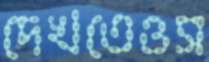
দেখতেওস